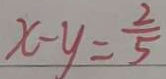
x - y = \frac { 2 } { 5 }